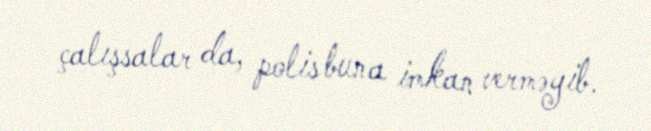
çalışsalar da, polis buna imkan verməyib.